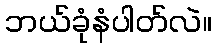
ဘယ်ခုံနံပါတ်လဲ။